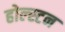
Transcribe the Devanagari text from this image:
होल्स्टन